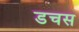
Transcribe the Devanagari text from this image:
डचस